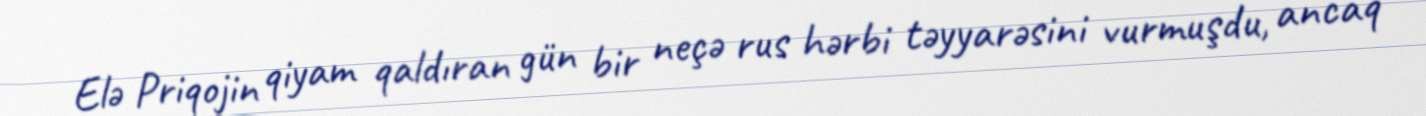
Elə Priqojin qiyam qaldıran gün bir neçə rus hərbi təyyarəsini vurmuşdu, ancaq